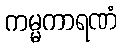
ကမ္မကာရဏံ